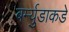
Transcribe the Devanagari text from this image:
बर्म्युडाकडे